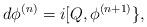
LaTeX: \begin{align*}d \phi^{(n)} = i [Q,\phi^{(n+1)}\},\end{align*}